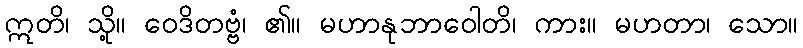
ဣတိ၊ သို့။ ဝေဒိတဗ္ဗံ၊ ၏။ မဟာနုဘာဝေါတိ၊ ကား။ မဟတာ၊ သော။